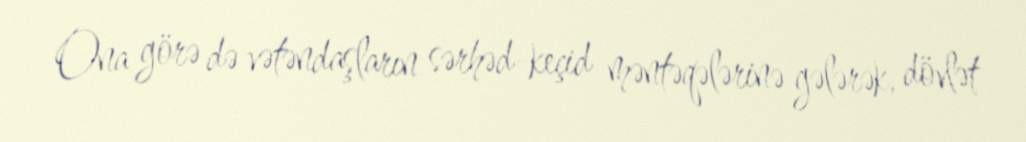
Ona görə də vətəndaşların sərhəd-keçid məntəqələrinə gələrək, dövlət